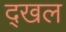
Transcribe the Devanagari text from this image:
द्खल